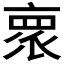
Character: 𬽕